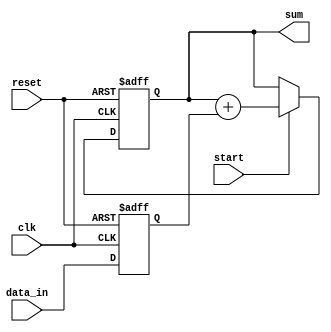
module parallel_accumulator (
    input wire clk,
    input wire reset,
    input wire [7:0] data_in,
    input wire start,
    output reg [15:0] sum
);

reg [15:0] acc;
reg [7:0] data_reg;

always @(posedge clk or posedge reset) begin
    if (reset) begin
        acc <= 16'b0;
        data_reg <= 8'b0;
    end else begin
        if (start) begin
            acc <= acc + data_reg;
        end
        data_reg <= data_in;
    end
end

assign sum = acc;

endmodule